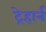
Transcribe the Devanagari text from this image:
ट्रेहार्न